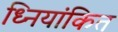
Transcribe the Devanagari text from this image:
ध्नियांकित